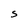
Character: S